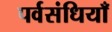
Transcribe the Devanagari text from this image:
पर्वसंधियाँ